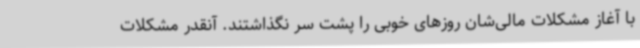
با آغاز مشکلات مالی‌شان روزهای خوبی را پشت سر نگذاشتند. آنقدر مشکلات